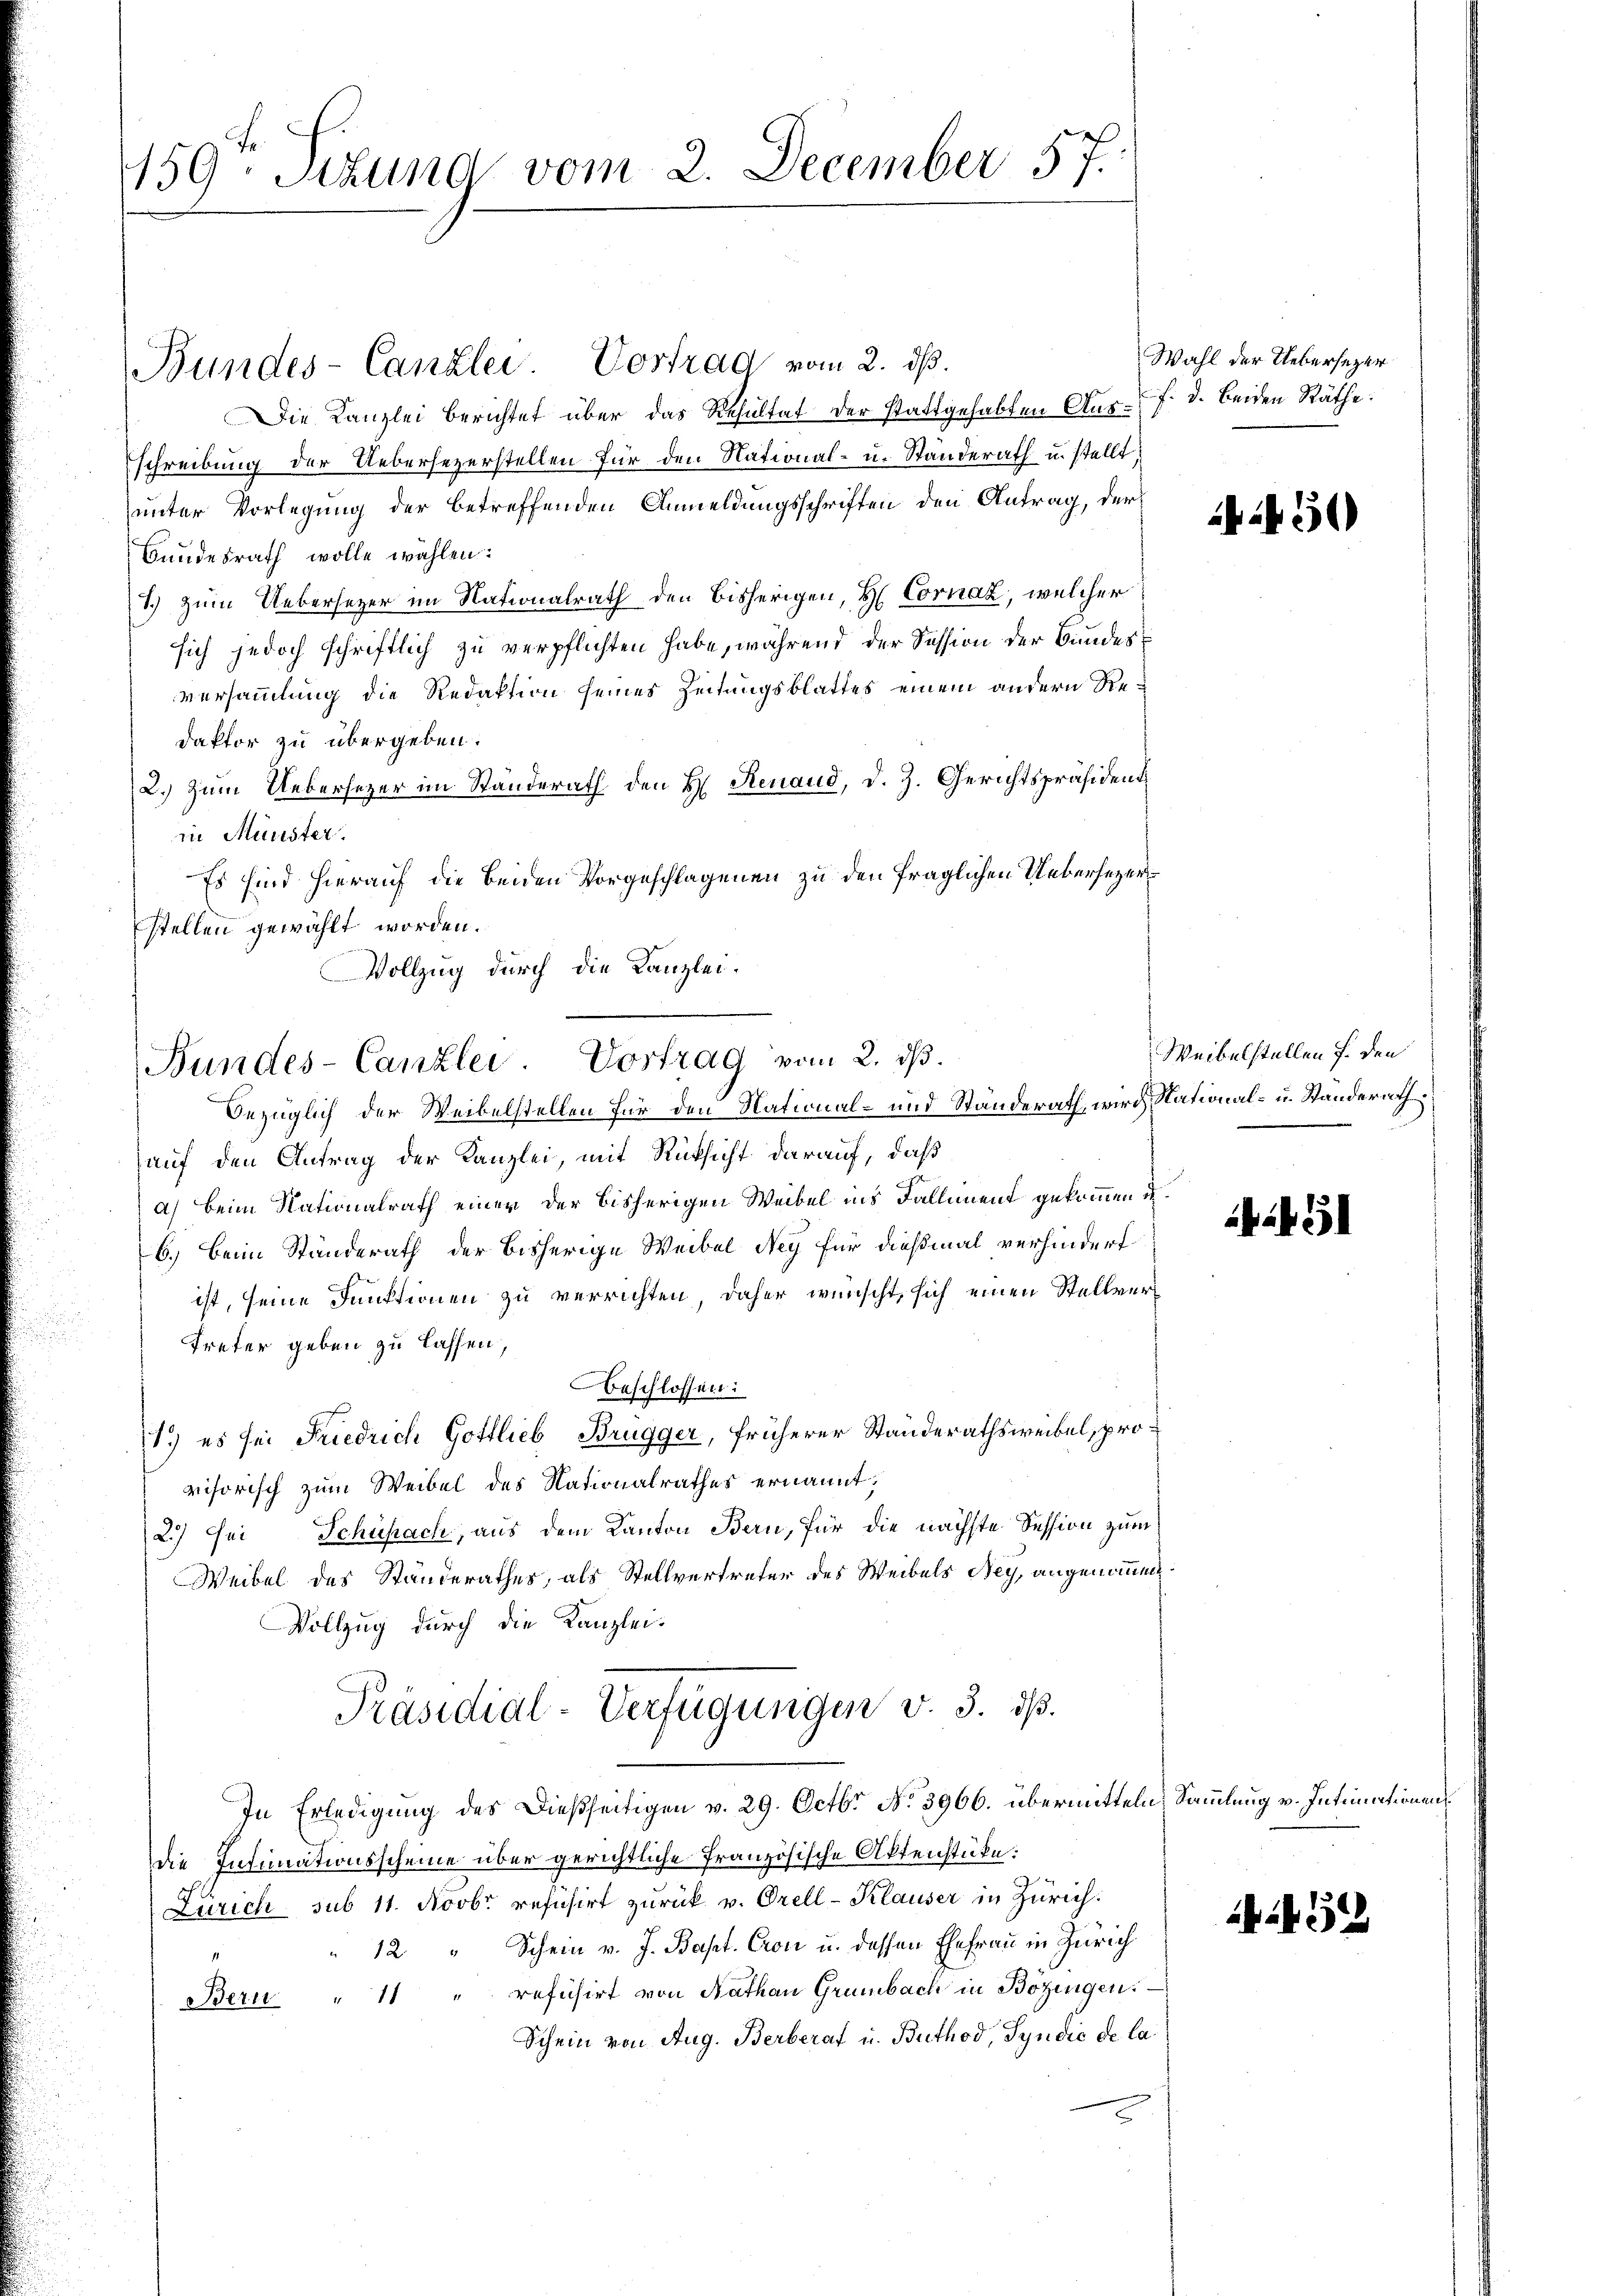
159. Sitzung vom 2. December 57.

Bundes-Canzlei. Vortrag vom 2. ds.
Die Kanzlei berichtet über das Resultat der stattgehabten Aus- 7. d. beiden Räthe:
schreibung der Uebersezerstellen für den National- u. Standerath u. stellt
unter Vorlegung der betreffenden Anmeldungsschriften den Antrag, der
Bundesrath wolle wählen:
1.) Zum Uebersezer im Nationalrath den bisherigen, H Cornaz, welcher
sich jedoch schriftlich zu verpflichten habe, während der Session der Bundesversammlung die Redaktion seines Zeitungsblattes einem andern Redaktor zu übergeben.
2.) Zum Uebersezer im Standerath den H. Renaud, d. J. Gerichtspräsident
in Münster.
Es sind hierauf die beiden Vorgeschlagenen zu den fraglichen Uebersezers
stellen gewählt worden.
Vollzug durch die Kanzlei¬

Bundes-Canzlei. Vortrag vom 2. ds.

bezüglich der Weibelstellen für den National- und Ständerath, wird National- u. Standerath
auf den Antrag der Kanzlei, mit Rücksicht darauf, daß
a) beim Nationalrath einer der bisherigen Weibel ins Falliment gekommen u.
b.) Beim Ständerath der bisherige Weibel Ney für dießmal verhindert
ist, seine Funktionen zu verrichten, daher wünscht, sich einen Stellver¬
Treter geben zu lassen,
Beschlossen:
1.) es sei Friedrich Gottlieb Brugger, früherer Standerathsweibel, provisorisch zum Weibel des Nationalrathes ernannt;
2.) Sei Schüsach, aus dem Kanton Bern, für die nächste Session zum
Weibel des Ständerathes, als Stellvertreter des Weibels Ney, angenommen.
Vollzug durch die Kanzlei-
Präsidial-Verfügungen v. 3. ds.
In Erledigung des Dießseitigen v. 29. Octbr No. 3966. übermitteln Sammlung v. Intimationen
die Intimationsscheine über gerichtliche Französische Aktenstücke:
Zürich sub 11. Novbr refusirt zurück v. Orell-Klauser in Zürich.
" 12 " Schein v. J. Bapt. Cron u. dessen Ehefrau in Zürich
Bern " 11 " refüsirt von Nathan Grünbach in Bozingen.
Schein von Aug. Berberat u. Buthod, Syndić de la

Wahl der Uebersezer

30)

Weibelstellen f. den

a

52